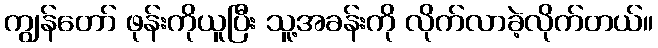
ကျွန်တော် ဖုန်းကိုယူပြီး သူ့အခန်းကို လိုက်လာခဲ့လိုက်တယ်။